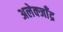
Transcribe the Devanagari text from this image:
अलेक्जाँद्र